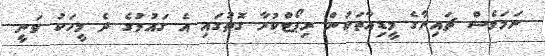
ނަމަވެސް ޗައިނާގެ މީޑިއާތަކުން ރިޕޯޓްކުރާ ގޮތުގައި އެ ގައުމުގެ ދެ މީހަކު ވަނީ